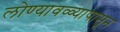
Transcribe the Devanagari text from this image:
लोण्यावळ्यापासून